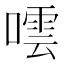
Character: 𭊤